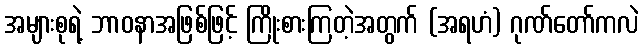
အများစုရဲ့ ဘာဝနာအဖြစ်ဖြင့် ကြိုးစားကြတဲ့အတွက် (အရဟံ) ဂုဏ်တော်ကလဲ